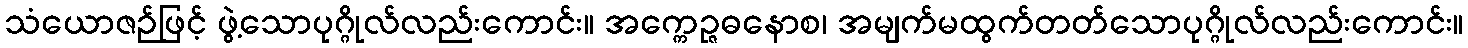
သံယောဇဉ်ဖြင့် ဖွဲ့သောပုဂ္ဂိုလ်လည်းကောင်း။ အက္ကေဉ္ဇဓနောစ၊ အမျက်မထွက်တတ်သောပုဂ္ဂိုလ်လည်းကောင်း။